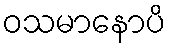
ဝသမာနောပိ